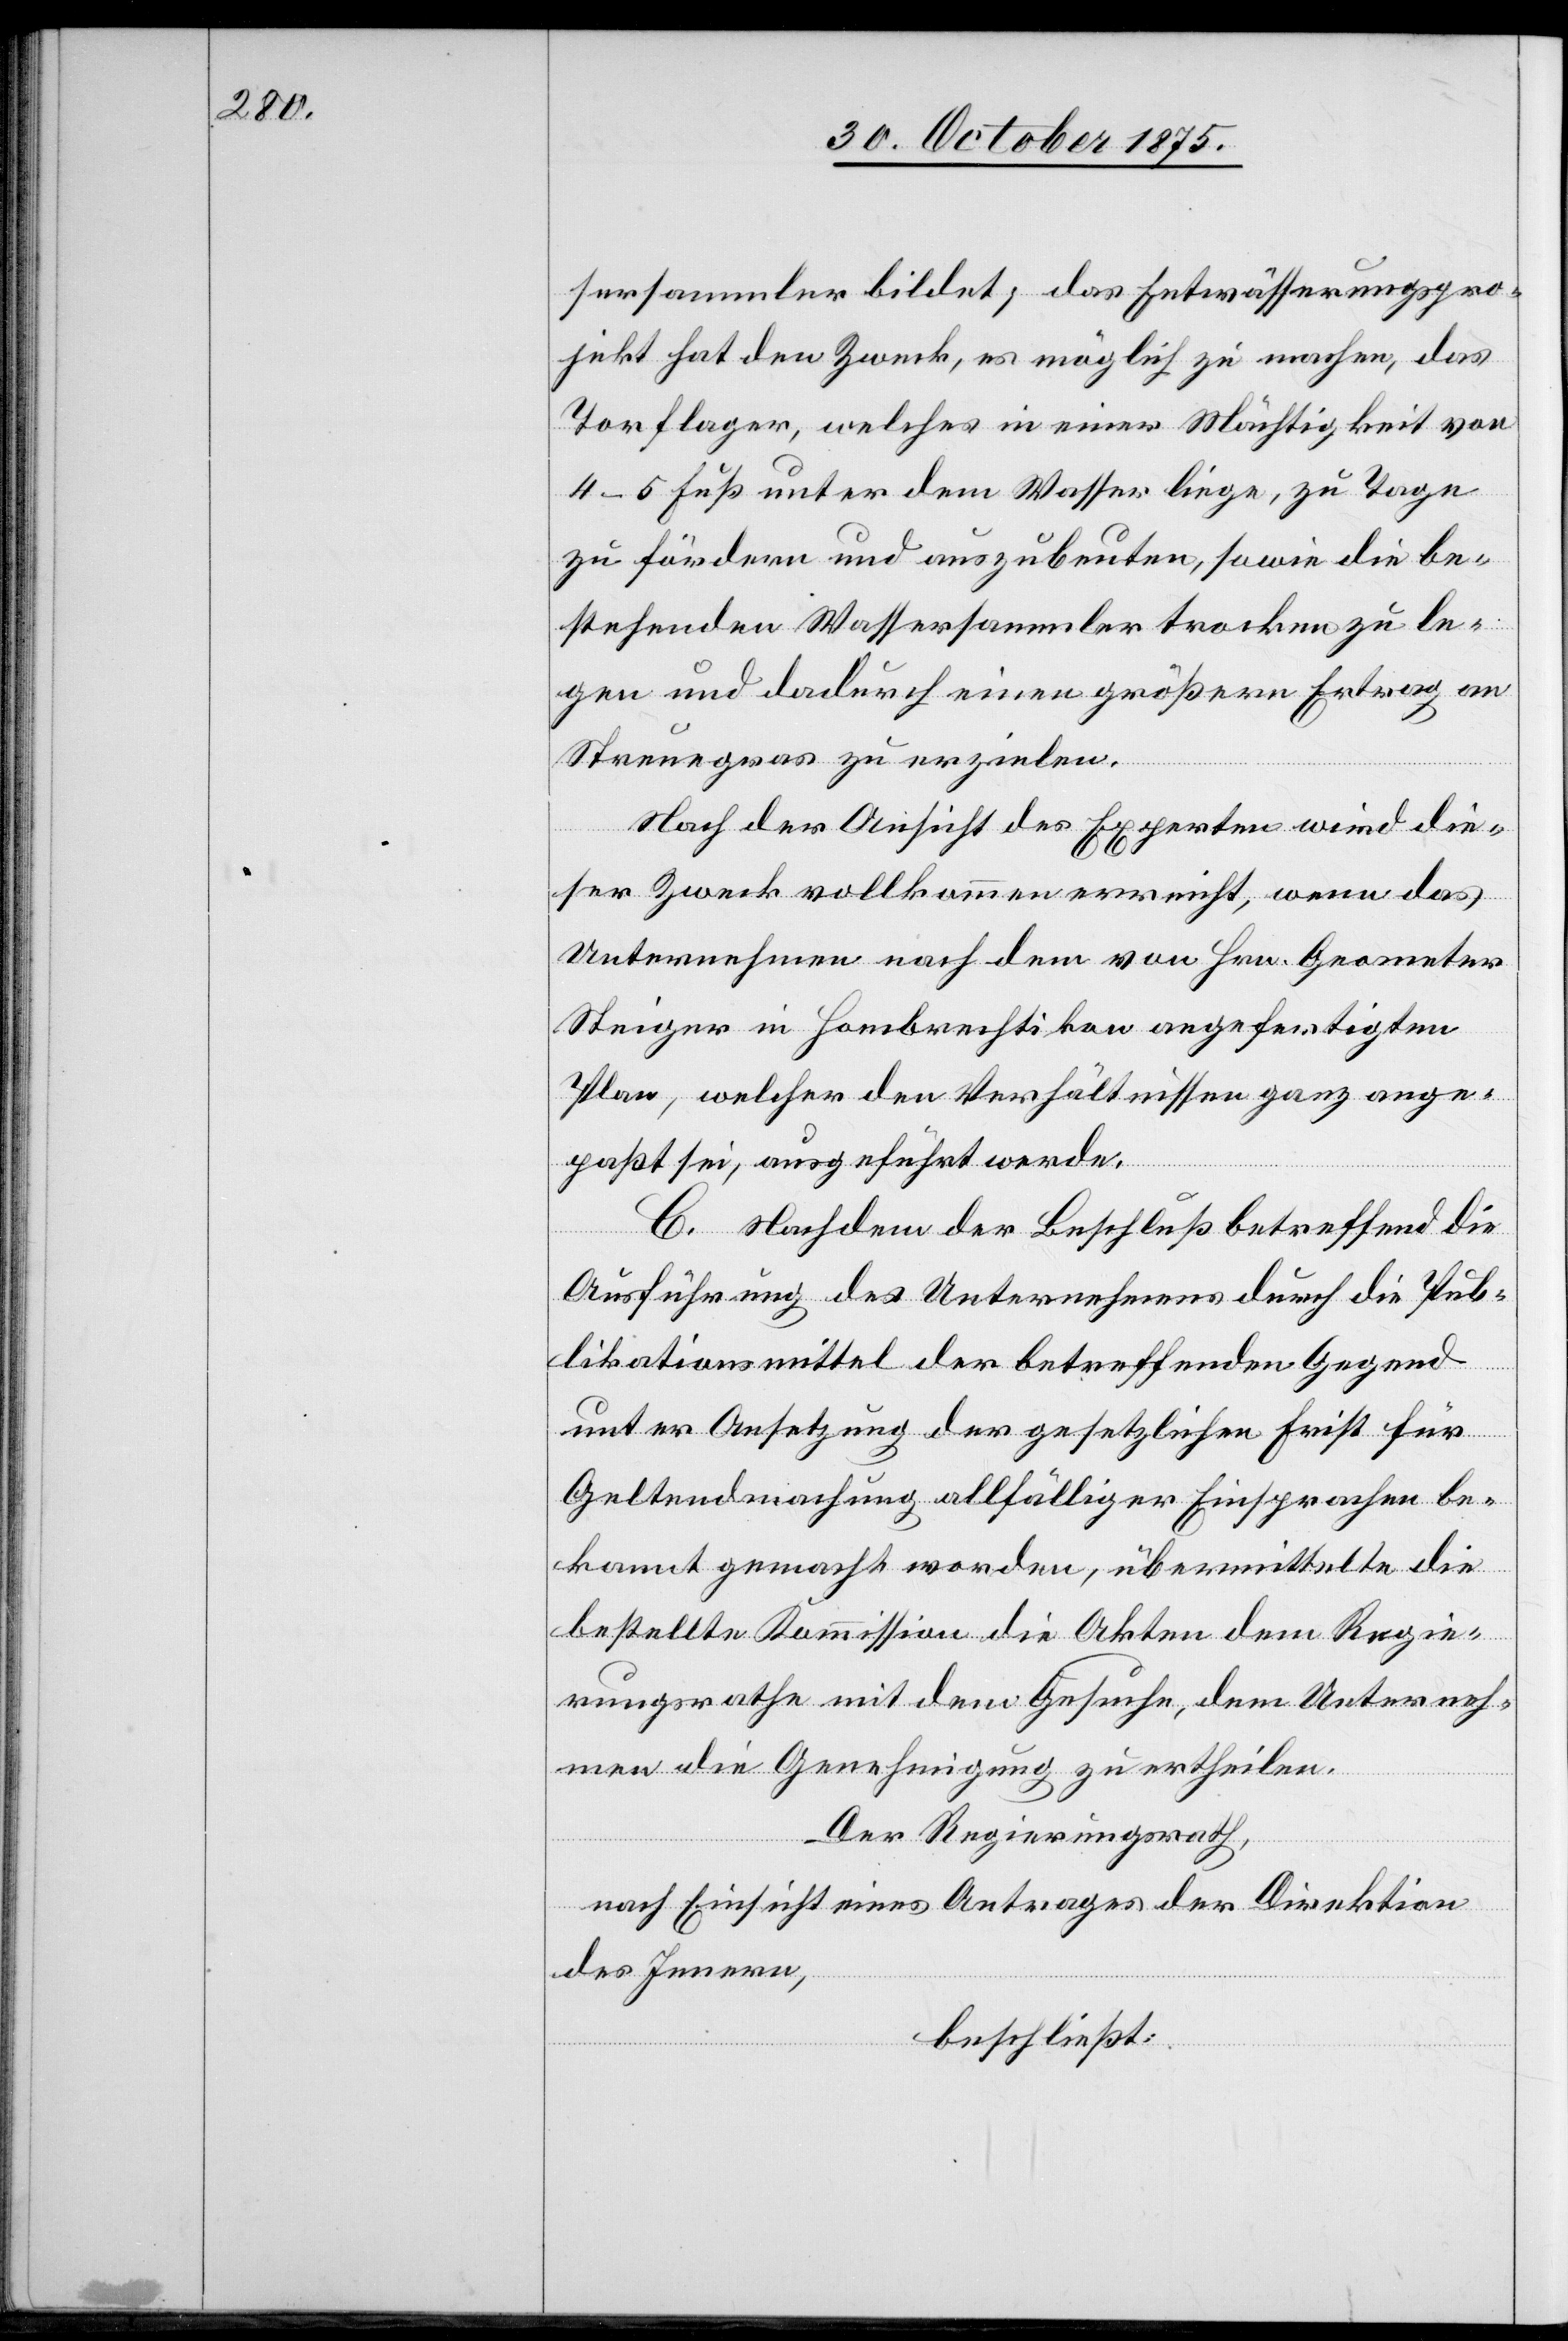
sersammler bildet; das Entwässerungspro¬
jekt hat den Zweck, es möglich zu machen, das
Torflager, welches in einer Mächtigkeit von
4–5 Fuß unter dem Wasser liege, zu Tage
zu fördern und auszubeuten, sowie die be¬
stehenden Wassersammler trocken zu le¬
gen und dadurch einen größern Ertrag an
Streuegras zu erzielen.
Nach der Ansicht des Experten wird die¬
ser Zweck vollkommen erreicht, wenn das
Unternehmen nach dem von Hrn. Geometer
Steiger in Hombrechtikon angefertigten
Plan, welcher den Verhältnissen ganz ange¬
paßt sei, ausgeführt werde.
C. Nachdem der Beschluß betreffend die
Ausführung des Unternehmens durch die Pub¬
likationsmittel der betreffenden Gegend
unter Ansetzung der gesetzlichen Frist für
Geltendmachung allfälliger Einsprachen be¬
kannt gemacht worden, übermittelte die
bestellte Kommission die Akten dem Regie¬
rungsrathe mit dem Gesuche, dem Unterneh¬
men die Genehmigung zu ertheilen.
Der Regierungsrath,
nach Einsicht eines Antrages der Direktion
des Innern,
beschließt: